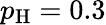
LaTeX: p_{\mathrm{H}}=0.3